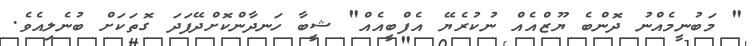
" މަބުނީމެއްނު ދޮންބެ ޔޫޒްއެއް ނުކުރެޔޭ އެފްބީއެއް" ޝީބާ ހަނދާންކޮށްދޭފަދަ ގޮތަކަށް ބުނެލިއެވެ.